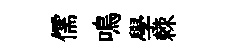
儒鳴學棘